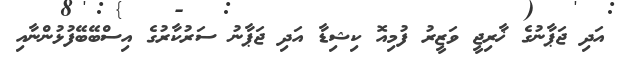
އަދި ޖަޕާނުގެ ޚާރިޖީ ވަޒީރު ފުމިއޮ ކިޝިޑާ އަދި ޖަޕާނު ސަރުކާރުގެ އިސްބޭބޭފުޅުންނާއި